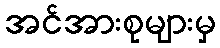
အင်အားစုများမှ